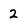
Character: 2